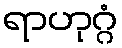
ရာဟုဂ္ဂံ